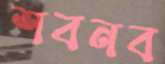
শবনব